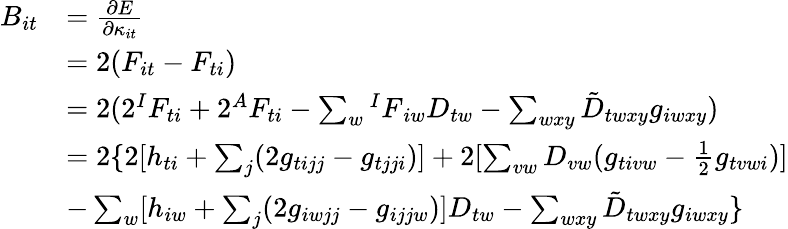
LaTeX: \begin{array}{rl}{B_{it}}&{=\frac{\partial E}{\partial\kappa_{it}}}\\ &{=2(F_{it}-F_{ti})}\\ &{=2(2^{I}F_{ti}+2^{A}F_{ti}-\sum_{w}{^{I}F}_{iw}D_{tw}-\sum_{wxy}\tilde{D}_{twxy}g_{iwxy})}\\ &{=2\{ 2[h_{ti}+\sum_{j}(2g_{tijj}-g_{tjji})]+2[\sum_{vw}D_{vw}(g_{tivw}-\frac{1}{2}g_{tvwi})]}\\ &{-\sum_{w}[h_{iw}+\sum_{j}(2g_{iwjj}-g_{ijjw})]D_{tw}-\sum_{wxy}\tilde{D}_{twxy}g_{iwxy}\} }\end{array}